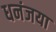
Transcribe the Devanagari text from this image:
धनंजया